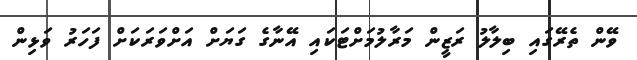
ވޭން ތެރޭގައި ބިލާލު ރަޒީން މަރާލުމަށްޓަކައި އޭނާގެ ގަޔަށް އަށްވަރަކަށް ފަހަރު ވަޅިން